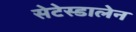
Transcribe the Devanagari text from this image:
सेटेस्डालेन